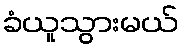
ခံယူသွားမယ်